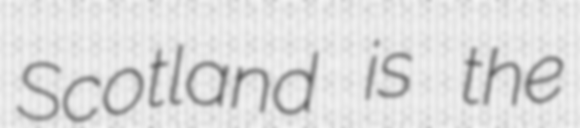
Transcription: Scotland is the